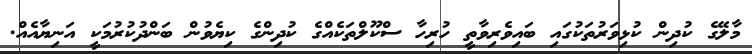
މާލޭގެ ކުދިން ކުޅިވަރުތަކުގައި ބައިވެރިވާތީ ހުރިހާ ސްކޫލްތަކެއްގެ ކުދިންގެ ކިޔެވުން ބަންދުކުރުމަކީ އަނިޔާއެއް.